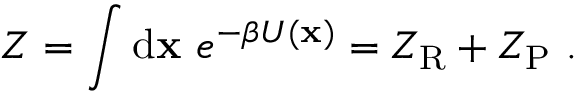
Z = \int \mathrm { d } \mathbf { x } \ e ^ { - \beta U ( \mathbf { x } ) } = Z _ { \mathrm { R } } + Z _ { \mathrm { P } } \ .